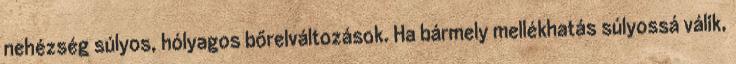
nehézség súlyos, hólyagos bőrelváltozások. Ha bármely mellékhatás súlyossá válik,